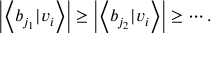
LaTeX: \left| \left\langle b _ { j _ { 1 } } | v _ { i } \right\rangle \right| \geq \left| \left\langle b _ { j _ { 2 } } | v _ { i } \right\rangle \right| \geq \cdots .